Report on vaccination in Madras 1904-1921 - 1904-1921
Year: 1904
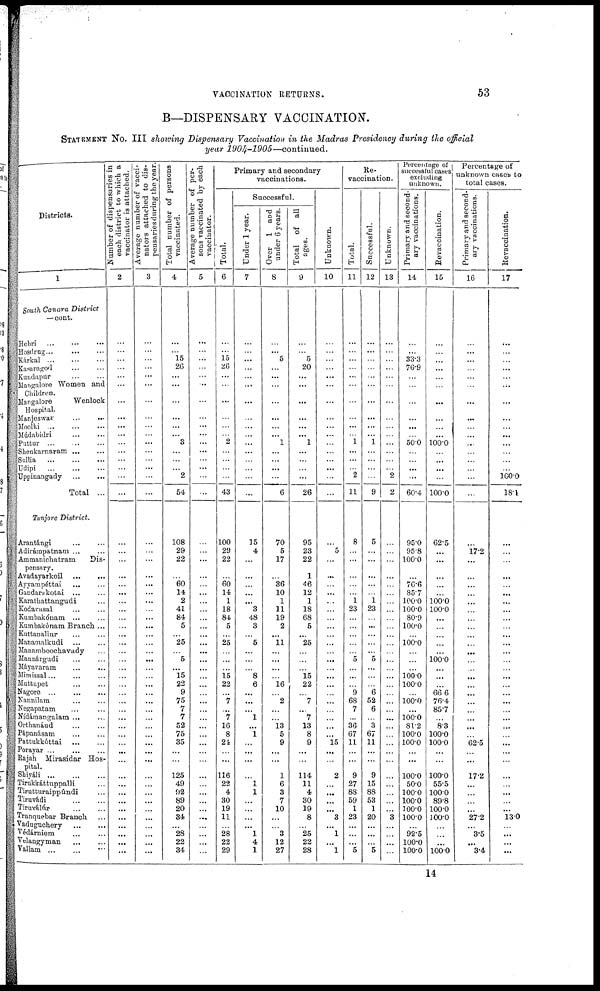
VACCINATION RETURNS.
53
B—DISPENSARY VACCINATION.
STATEMENT NO. III showing Dispensary Vaccination in the Madras Presidency during the official
year 1904-1905—continued.
Districts.
1
South Canara District
— cont.
Hebri
...
...
...
Hosdrug...
...
...
Kárkal
...
...
...
Kasaragod ... ...
Kundapur
...
...
Mangalore Women and
Children.
Mangalore
Wenlock
Hospital.
Manjeswar
...
...
Moolki ... ... ...
Múdabidri
...
...
Puttur
...
...
...
Shenkarnaram ... ...
Sullia
...
...
...
Udipi
...
...
...
Uppinangady
...
...
Total ...
Tanjore District.
Arantángi ... ...
Adirámpatnam ... ...
Ammanichatram
Dis-
pensary.
Avadayarkoil
...
...
Ayyampéttai ... ... ...
Gandarukotai ... ...
Karathattangudi ...
Kodavasal ... ...
Kumbakónam ... ...
Kumbakónam Branch ...
Kuttanallur
...
...
Manamalkudi ... ...
Manamboochavady ...
Mannárgudi ... ...
Máyavaram ... ...
Mimissal ... ... ...
Muttupet ... ...
Nagore
...
...
...
Nannilam ... ...
Negapatam ... ...
Nídámangalam ... ...
Orthanáud ... ...
Pápanásam ... ...
Pattukkóttai
...
...
Porayar
...
...
...
Rajah Mirasidar Hos-
pital.
Shiyáli
...
...
...
Tirukkáttuppalli ...
Tirutturaippúndi ...
Tiruvádi ... ...
Tiruválúr
...
...
Tranquebar Branch ...
Vadnguchery ...
...
Védárniem ... ...
Velangyman
...
...
Vallam
...
...
Number of dispensaries in
each district to which a
vaccinator is attached.
2
...
...
...
...
...
...
...
...
...
...
...
...
...
...
...
...
...
...
...
...
...
...
...
...
...
...
...
...
...
...
...
...
...
...
...
...
...
...
...
...
...
...
...
...
...
...
...
...
...
...
...
...
Average number of vacci-
nators attached to dis¬
pensaries during the year.
3
...
...
...
...
...
...
...
...
...
...
...
...
...
...
...
...
...
...
...
...
...
...
...
...
...
...
...
...
...
...
...
...
...
...
...
...
...
...
...
...
...
...
...
...
...
...
...
...
...
...
...
...
Total number of persons
vaccinated.
4
...
...
15
26
...
...
...
...
...
...
3
...
...
...
2
54
108
29
22
...
60
14
2
41
84
5
...
25
...
5
...
15
22
9
75
7
7
52
75
35
...
...
125
49
92
89
20
34
...
28
22
34
Average number of per-
sons vaccinated by each
vaccinator.
5
...
...
...
...
...
...
...
...
...
...
...
...
...
...
...
...
...
...
...
...
...
...
...
...
...
...
...
...
...
...
...
...
...
...
...
...
...
...
...
...
...
...
...
...
...
...
...
...
...
...
...
...
Total.
6
...
...
15
26
...
...
...
...
...
...
2
...
...
...
...
43
100
29
22
...
60
14
1
18
84
5
...
25
...
...
...
15
22
...
7
...
7
16
8
24
...
...
116
22
4
30
19
11
...
28
22
29
Primary and secondary
vaccinations.
Successful.
Under 1 year.
7
...
...
...
...
...
...
...
...
...
...
...
...
...
...
...
...
15
4
...
...
...
...
...
3
48
3
...
5
...
...
...
8
6
...
...
...
1
...
1
...
...
...
...
l
1
...
...
...
...
1
4
1
Over 1 and
under 6 years.
8
...
...
5
...
...
...
...
...
...
...
1
...
...
...
...
6
70
5
17
...
36
10
1
11
19
2
...
11
...
...
...
...
16
...
2
...
...
13
5
9
...
...
1
6
3
7
10
...
...
3
12
27
Total of all
ages.
9
...
...
5
20
...
...
...
...
...
...
1
...
...
...
...
26
95
23
22
1
46
12
1
18
68
5
...
25
...
...
...
15
22
...
7
...
7
13
8
9
...
...
114
11
4
30
19
8
...
25
22
28
Unknown.
10
...
...
...
...
...
...
...
...
...
...
...
...
...
...
...
...
...
5
...
...
...
...
...
...
...
...
...
...
...
...
...
...
...
...
...
...
...
...
...
15
...
...
2
...
...
...
...
3
...
1
...
1
Re¬
vaccination.
Total.
11
...
...
...
...
...
...
...
...
...
...
1
...
...
...
2
11
8
...
...
...
...
...
1
23
...
...
...
...
...
5
...
...
...
9
68
7
...
36
67
11
...
...
9
27
88
59
1
23
...
...
...
5
Successful.
12
...
...
...
...
...
...
...
...
...
...
1
...
...
...
...
9
5
...
...
...
...
...
1
23
...
...
...
...
...
5
...
...
...
6
52
6
...
3
67
11
...
...
9
15
88
53
1
20
...
...
...
5
Unknown.
13
...
...
...
...
...
...
...
...
...
...
...
...
...
2
2
...
...
...
...
...
...
...
...
...
...
...
...
...
...
...
...
...
...
...
...
...
...
...
...
...
...
...
...
...
...
...
3
...
...
...
Percentage of
successful cases
excluding
unknown.
Primary and second-
ary vaccinations.
14
...
...
33.3
76.9
...
...
...
...
...
...
50.0
...
...
...
...
60.4
95.0
95.8
100.0
...
76.6
85.7
100.0
100.0
80.9
100.0
...
100.0
...
...
...
100.0
100.0
...
100.0
...
100.0
81.2
100.0
100.0
...
...
100.0
50.0
100.0
100.0
100.0
100.0
...
92.5
100.0
100.0
Revaccination.
15
...
...
...
...
...
...
...
...
...
...
100.0
...
...
...
...
100.0
62.5
...
...
...
...
...
100.0
100.0
...
...
...
...
...
100.0
...
...
...
66.6
76.4
85.7
...
8.3
100.0
100.0
...
...
100.0
55.5
100.0
89.8
100.0
100.0
...
...
...
100.0
Percentage of
unknown cases to
total cases.
Primary and second-
ary vaccinations.
16
...
...
...
...
...
...
...
...
...
...
...
...
...
...
...
...
...
17.2
...
...
...
...
...
...
...
...
...
...
...
...
...
...
...
...
...
...
...
...
...
62.5
...
...
17.2
...
...
...
...
27.2
...
3.5
...
3.4
Revaccination.
17
...
...
...
...
...
...
...
...
...
...
...
...
...
...
100.0
18.
...
...
...
...
...
...
...
...
...
...
...
...
...
...
...
...
...
...
...
...
...
...
...
...
...
...
...
...
...
...
...
13.0
...
...
...
...
14